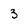
Character: 3